Continuation classes, 1926
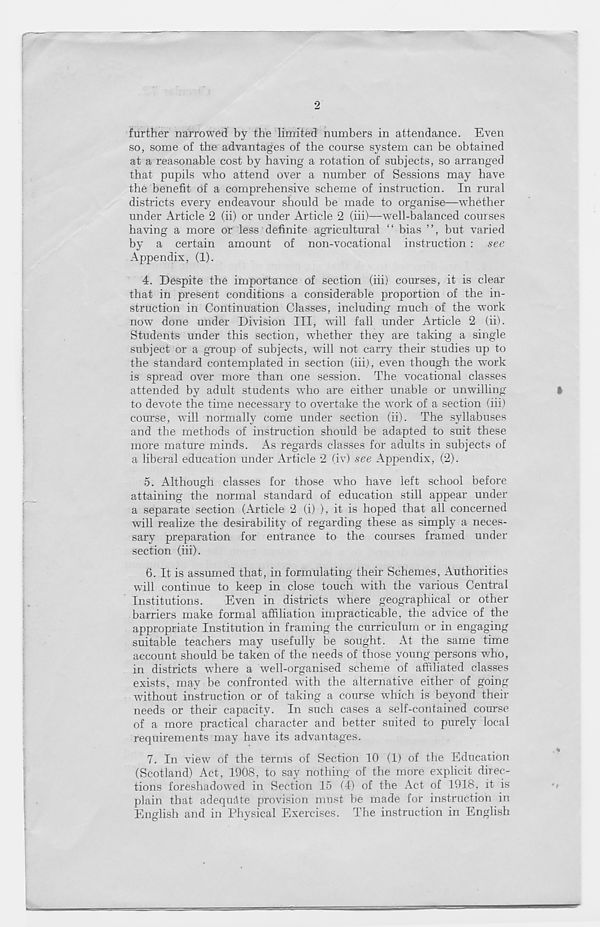
2
further narrowed by the limited numbers in attendance. Eveir
so, some of the advantages of the course system can be obtained
at a reasonable cost by having a rotation of subjects, so arranged
that pupils who attend over a number of Sessions may have
the benefit of a comprehensive scheme of instruction. In rural
districts every endeavour should be made to organise—whether
under Article 2 (ii) or under Article 2 (iii)—well-balanced courses
having a more or less definite agricultural “ bias ”, but varied
by a certain amount of non-vocational instruction : see
Appendix, (1).
4. Despite the importance of section (iii) courses, it is clear
that in present conditions a considerable proportion of the in-
struction in Continuation Classes, including much of the work
now done under Division III, will fall under Article 2 (ii).
Students under this section, whether they are taking a single
subject or a group of subjects, will not carry their studies up to
the standard contemplated in section (iii), even though the work
is spread over more than one session. The vocational classes
attended by adult students who are either unable or unwilling
f
to devote the time necessary to overtake the work of a section (iii)
course, will normally come under section (ii). The syllabuses
and the methods of instruction should be adapted to suit these
more mature minds. As regards classes for adults in subjects of
a liberal education under Article 2 (iv) see Appendix, (2).
5. Although classes for those who have left school before
attaining the normal standard of education still appear under
a separate section (Article 2 (i) ), it is hoped that all concerned
will realize the desirability of regarding these as simply a neces-
sary preparation for entrance to the courses framed under
section (iii).
6. It is assumed that, in formulating their Schemes, Authorities
will continue to keep in close touch with the various Central
Institutions.
Even in districts where geographical or other
barriers make formal affiliation impracticable, the advice of the
appropriate Institution in framing the curriculum or in engaging
suitable teachers may usefully be sought. At the same time
account should be taken of the needs of those young persons v/ho,
in districts where a well-organised scheme of affiliated classes
exists, may be confronted with the alternative either of going
without instruction or of taking a course which is beyond their
needs or their capacity. In such cases a self-contained course
of a more practical character and better suited to purely local
requirements may have its advantages.
7. In view of the terms of Section 10 (1) of the Education
(Scotland) Act, 1908, to say nothing of the more explicit direc-
tions foreshadowed in Section 15 (4) of the Act of 1918, it is
plain that adequate provision must be made for instruction in
English and in Physical Exercises. The instruction in English